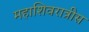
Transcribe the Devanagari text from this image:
महाशिवरात्रीस